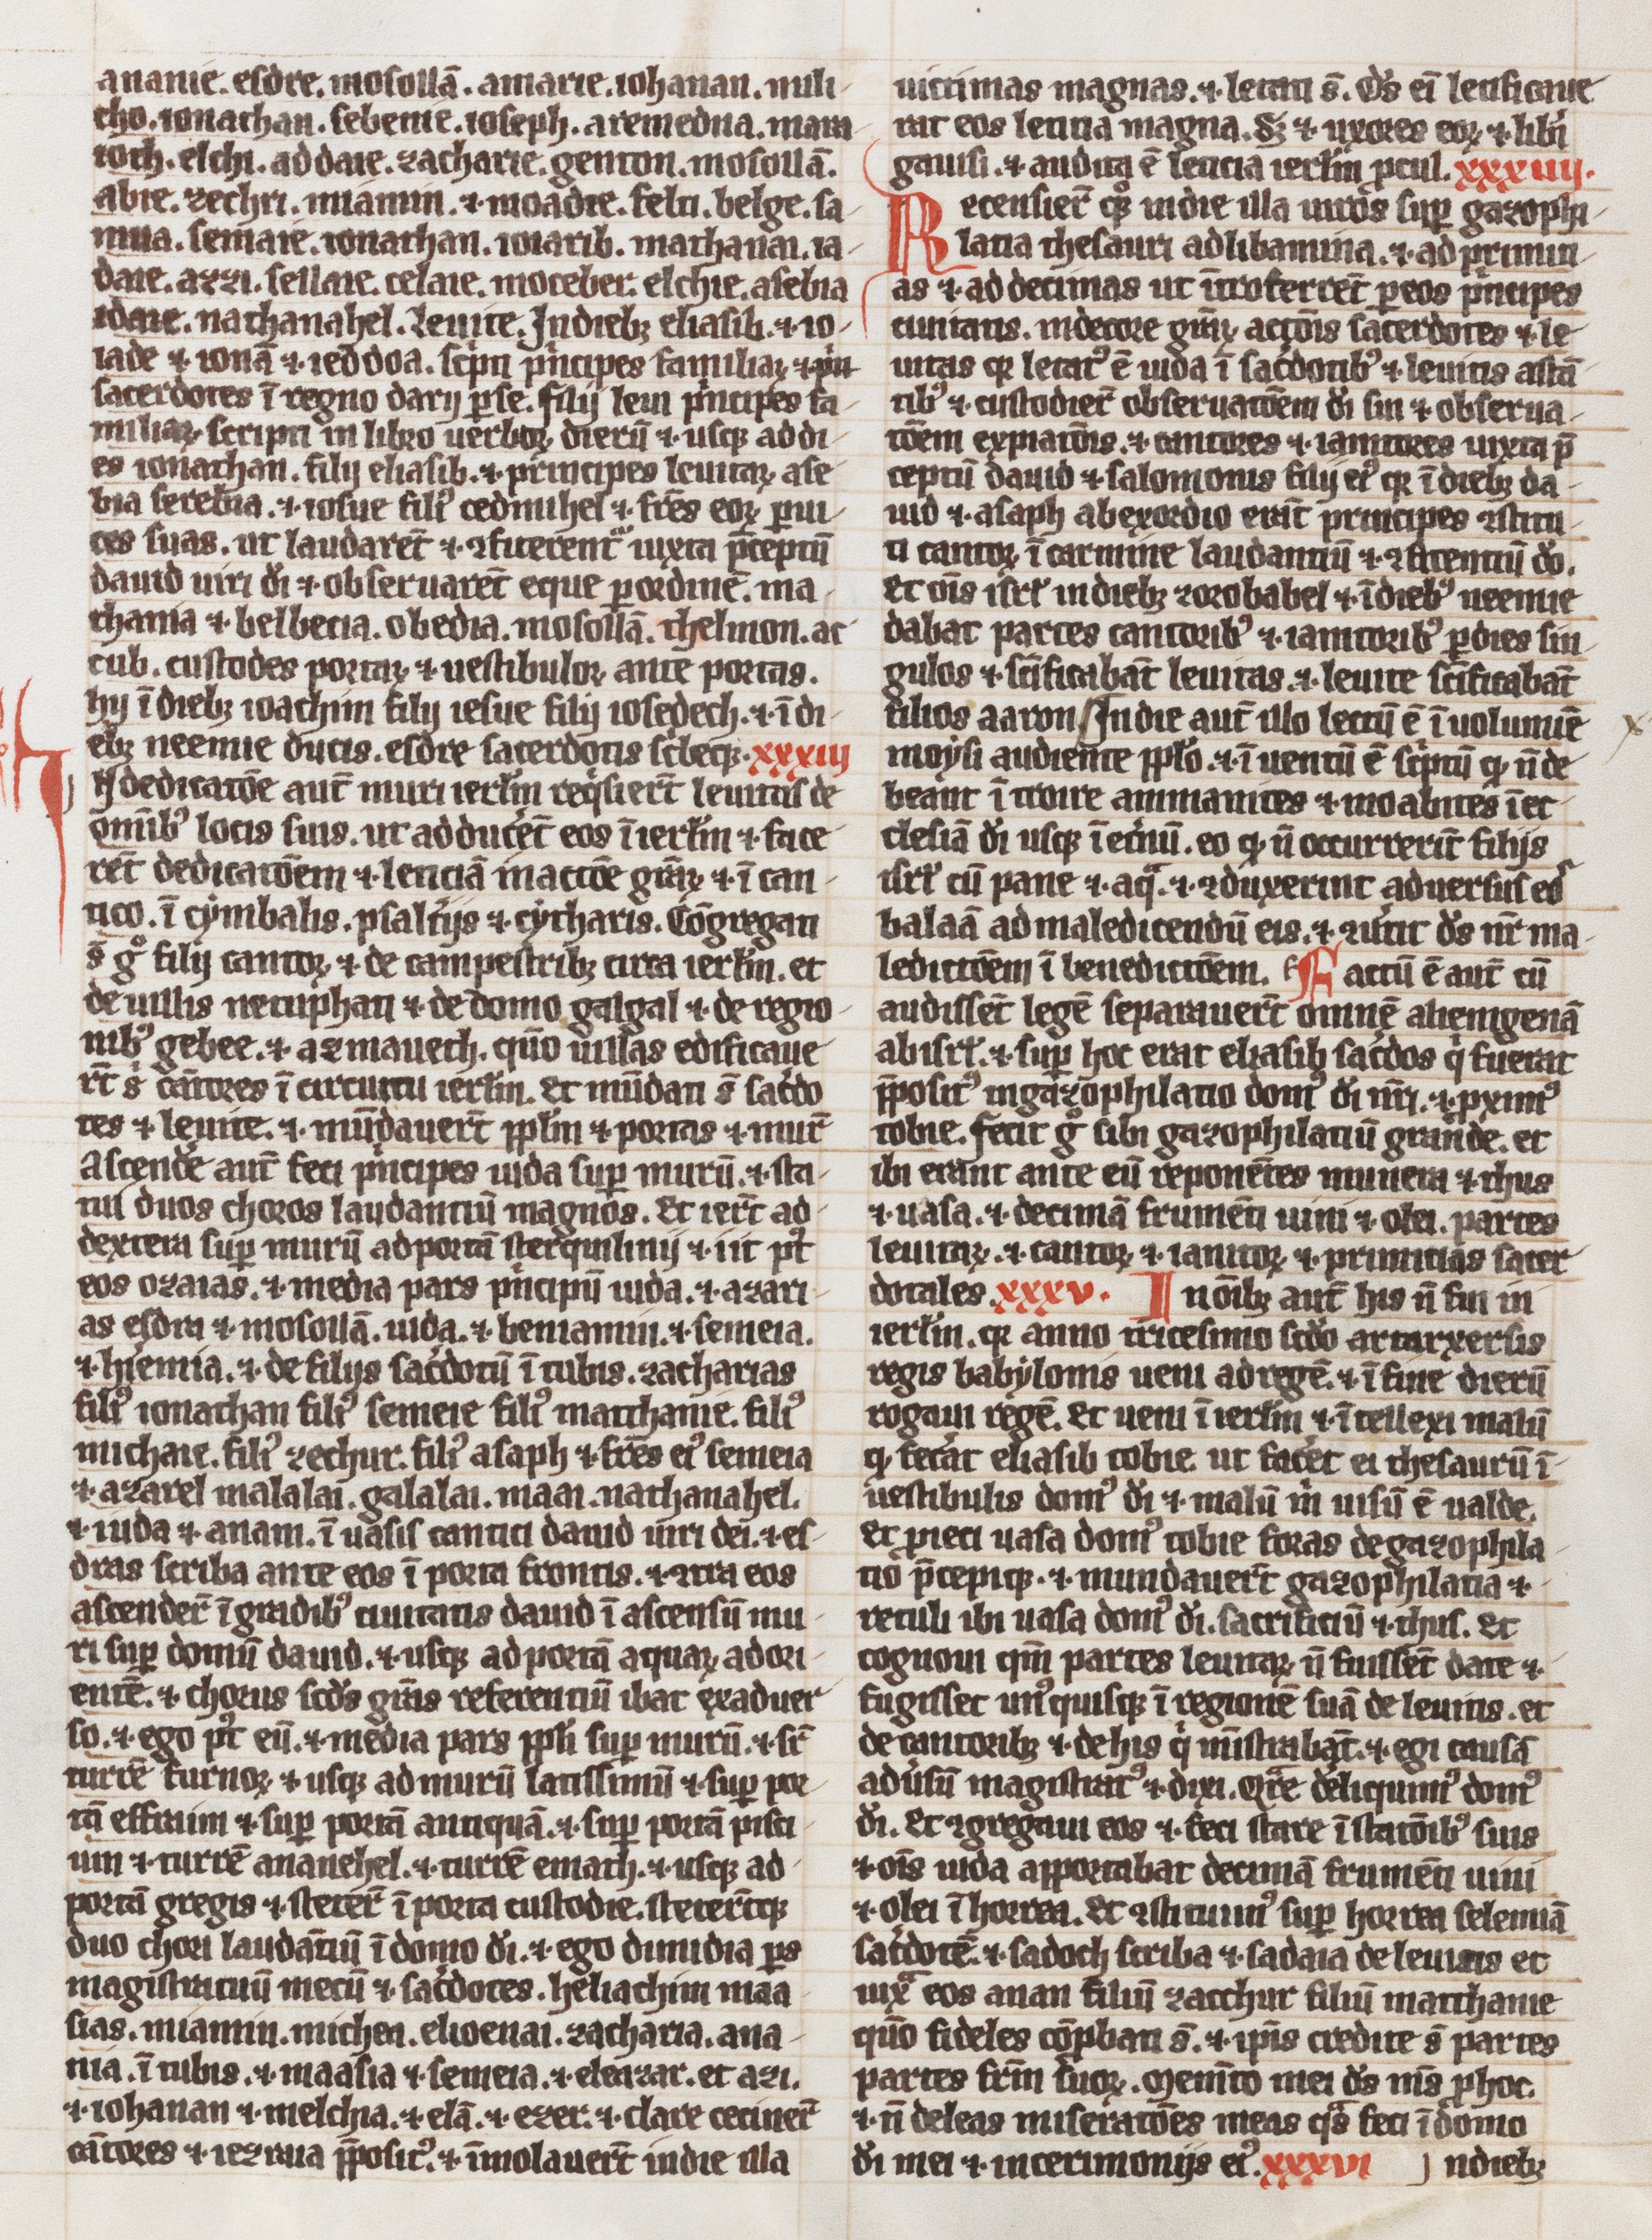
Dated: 1300–1324